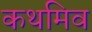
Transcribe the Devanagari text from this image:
कथमिव